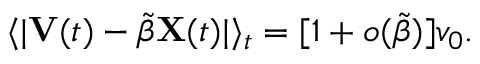
\begin{array} { r } { \langle | \mathbf { V } ( t ) - \tilde { \beta } \mathbf { X } ( t ) | \rangle _ { t } = [ 1 + o ( \tilde { \beta } ) ] v _ { 0 } . } \end{array}